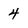
Character: 4